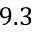
9 . 3